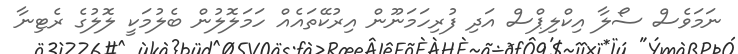
ނަމަވެސް ސޯލާ އިކްލިޕްސް އަދި ފުރިހަމަނޫން އިރުކޭތައެއް ހަމަލޮލުން ބެލުމަކީ ލޮލުގެ ރެޓިނާ